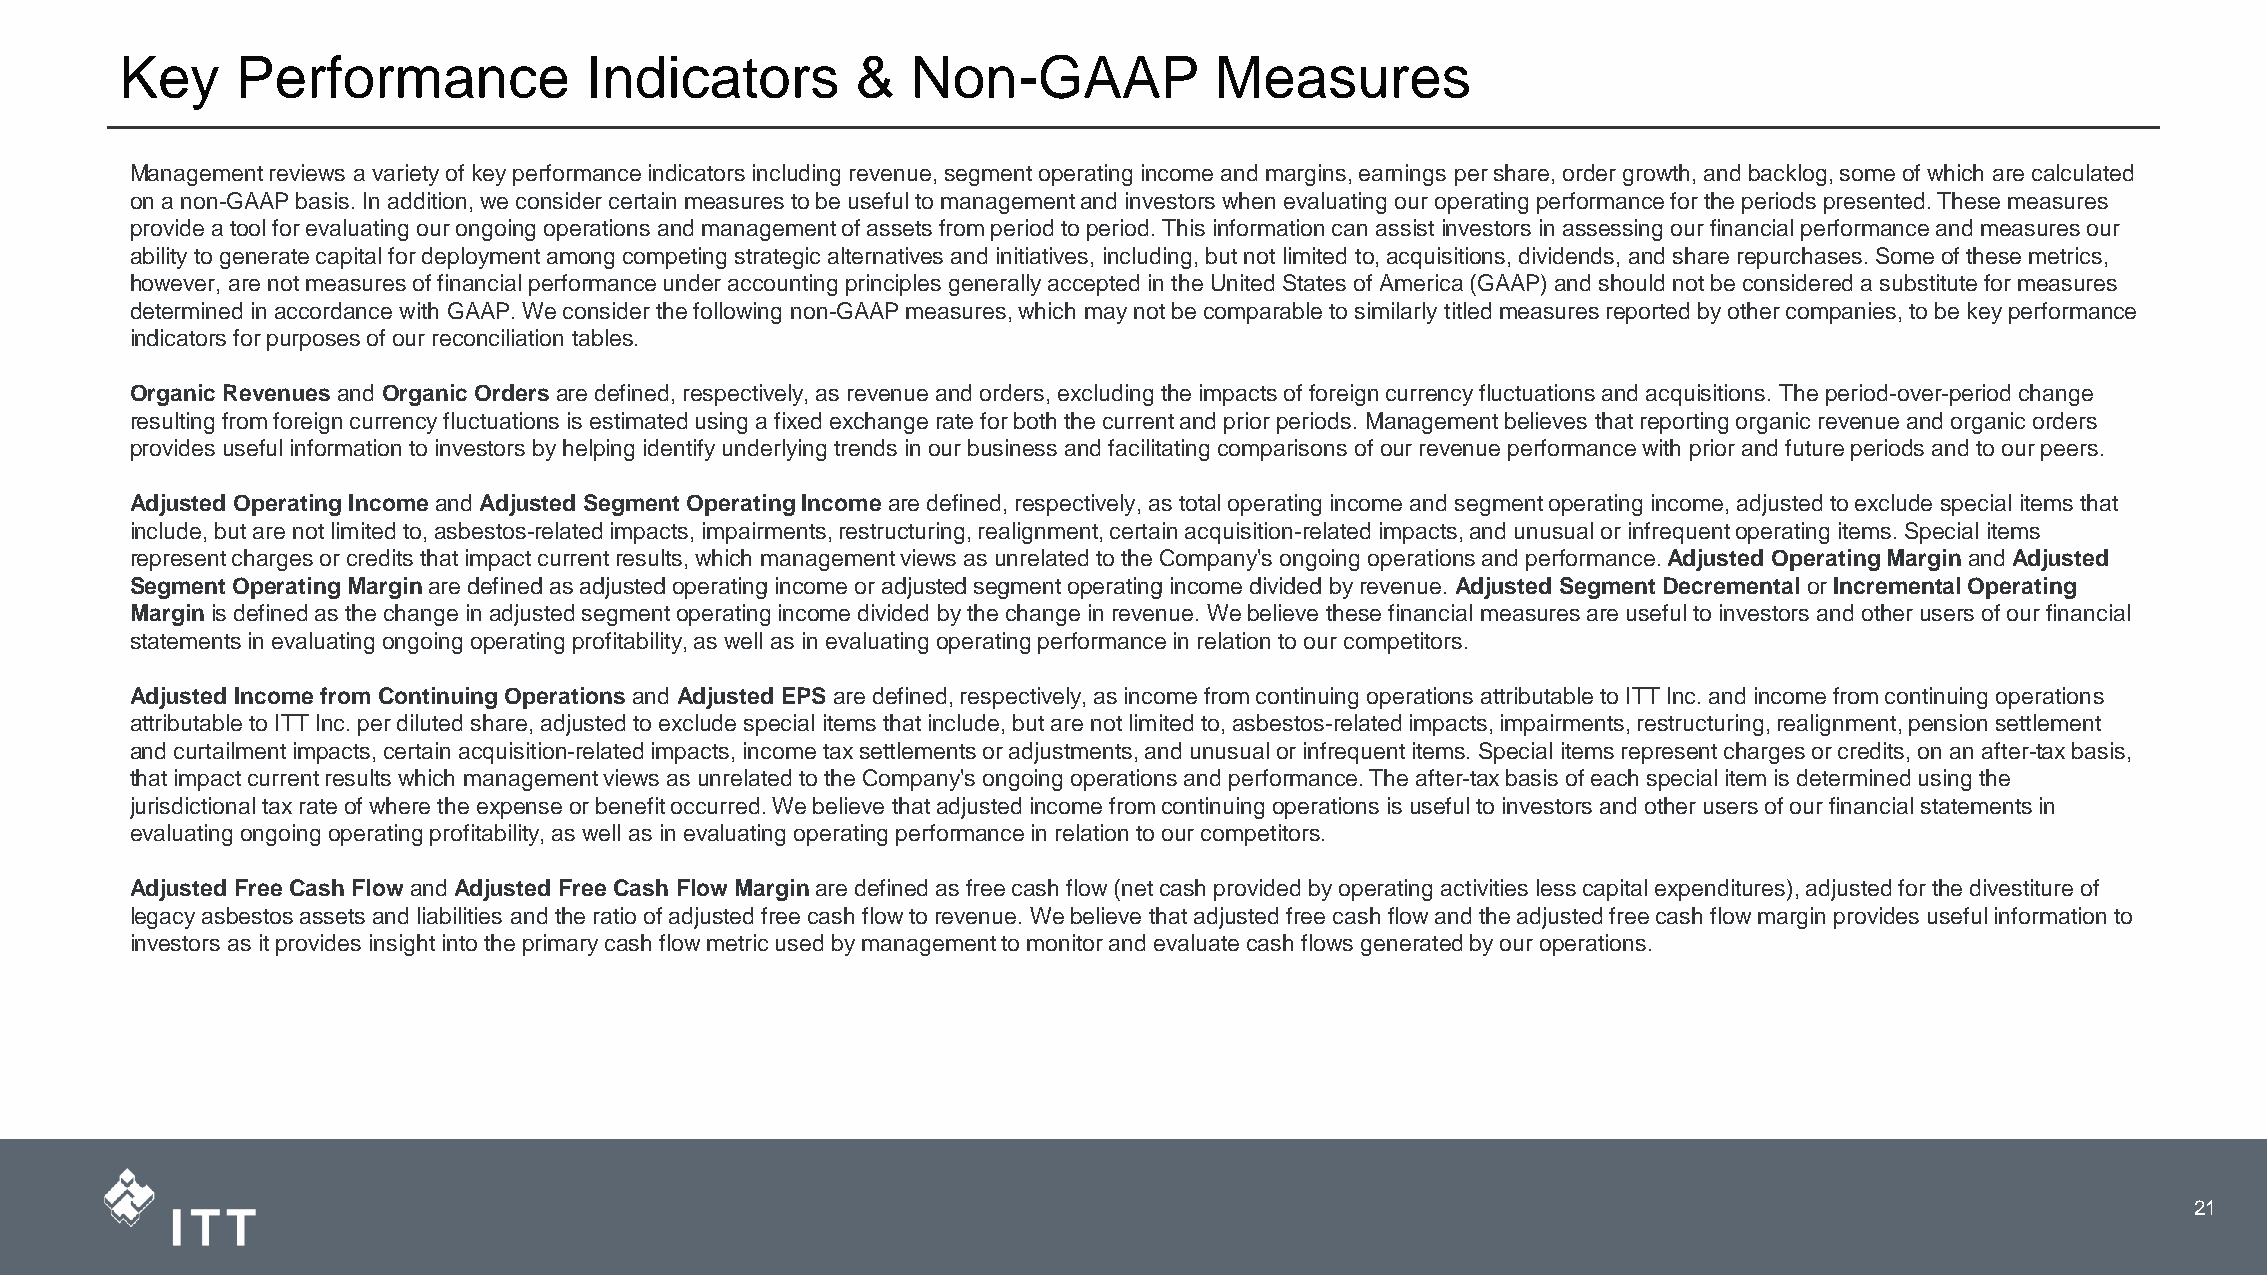
Key     Performance            Indicators        &  Non-GAAP            Measures
 Management reviews a variety of key performance indicators including revenue, segment operating income and margins, earnings pershare, order growth, and backlog, some of which are calculated
 on a non-GAAP basis. In addition, we consider certain measures to be useful to management and investors when evaluating our operating performance for the periods presented. These measures
 provide a tool for evaluating our ongoing operations and management of assets from period to period. This information can assist investors in assessing our financial performance and measures our
 ability to generate capital for deployment among competing strategic alternatives and initiatives, including, but not limited to, acquisitions, dividends, and share repurchases. Some of these metrics,
 however, are not measures of financial performance under accounting principles generally accepted in the United States of America (GAAP) and should not be considered a substitute for measures
 determined in accordance with GAAP. We consider the following non-GAAP measures, which may not be comparable to similarly titled measures reported by other companies, to be key performance
 indicators for purposes of our reconciliation tables.
 Organic Revenues and Organic Ordersare defined, respectively, as revenue and orders, excluding the impacts of foreign currency fluctuations and acquisitions. The period-over-period change
 resulting from foreign currency fluctuations is estimated using a fixed exchange rate for both the current and prior periods. Management believes that reporting organic revenue and organic orders
 provides useful information to investors by helping identify underlying trends in our business and facilitating comparisons of our revenue performance with prior and future periods and to our peers.
 Adjusted Operating Incomeand Adjusted Segment Operating Incomeare defined, respectively, as total operating income and segment operating income, adjusted to exclude special items that
 include, but are not limited to, asbestos-related impacts, impairments, restructuring, realignment, certain acquisition-related impacts, and unusual or infrequent operating items. Special items
 represent charges or credits that impact current results, which management views as unrelated to the Company's ongoing operations and performance. Adjusted Operating Marginand Adjusted
 Segment Operating Marginare defined as adjusted operating income or adjusted segment operating income divided by revenue. Adjusted Segment Decrementalor Incremental Operating
 Marginis defined as the change in adjusted segment operating income divided by the change in revenue. We believe these financial measures are useful to investors and other users of our financial
 statements in evaluating ongoing operating profitability, as well as in evaluating operating performance in relation to our competitors.
 Adjusted Income from Continuing Operationsand Adjusted EPS are defined, respectively, as income from continuing operations attributable to ITT Inc. and income from continuing operations
 attributable to ITT Inc. per diluted share, adjusted to exclude special items that include, but are not limited to, asbestos-related impacts, impairments, restructuring, realignment, pension settlement
 and curtailment impacts, certain acquisition-related impacts, income tax settlements or adjustments, and unusual or infrequent items. Special items represent charges or credits, on an after-tax basis,
 that impact current results which management views as unrelated to the Company's ongoing operations and performance. The after-tax basis of each special item is determined using the
 jurisdictional tax rate of where the expense or benefit occurred. We believe that adjusted income from continuing operations is useful to investors and other users of our financial statements in
 evaluating ongoing operating profitability, as well as in evaluating operating performance in relation to our competitors.
 Adjusted Free Cash Flow andAdjusted Free Cash Flow Margin are defined as free cash flow (net cash provided by operating activities lesscapital expenditures), adjusted for the divestiture of
 legacy asbestos assets and liabilities and the ratio of adjusted free cash flow to revenue. We believe that adjusted free cash flow and the adjusted free cash flow margin provides useful information to
 investors as it provides insight into the primary cash flow metric used by management to monitor and evaluate cash flows generated by our operations.
 21